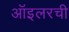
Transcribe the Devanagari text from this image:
ऑइलरची